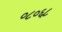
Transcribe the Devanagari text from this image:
०८०६८